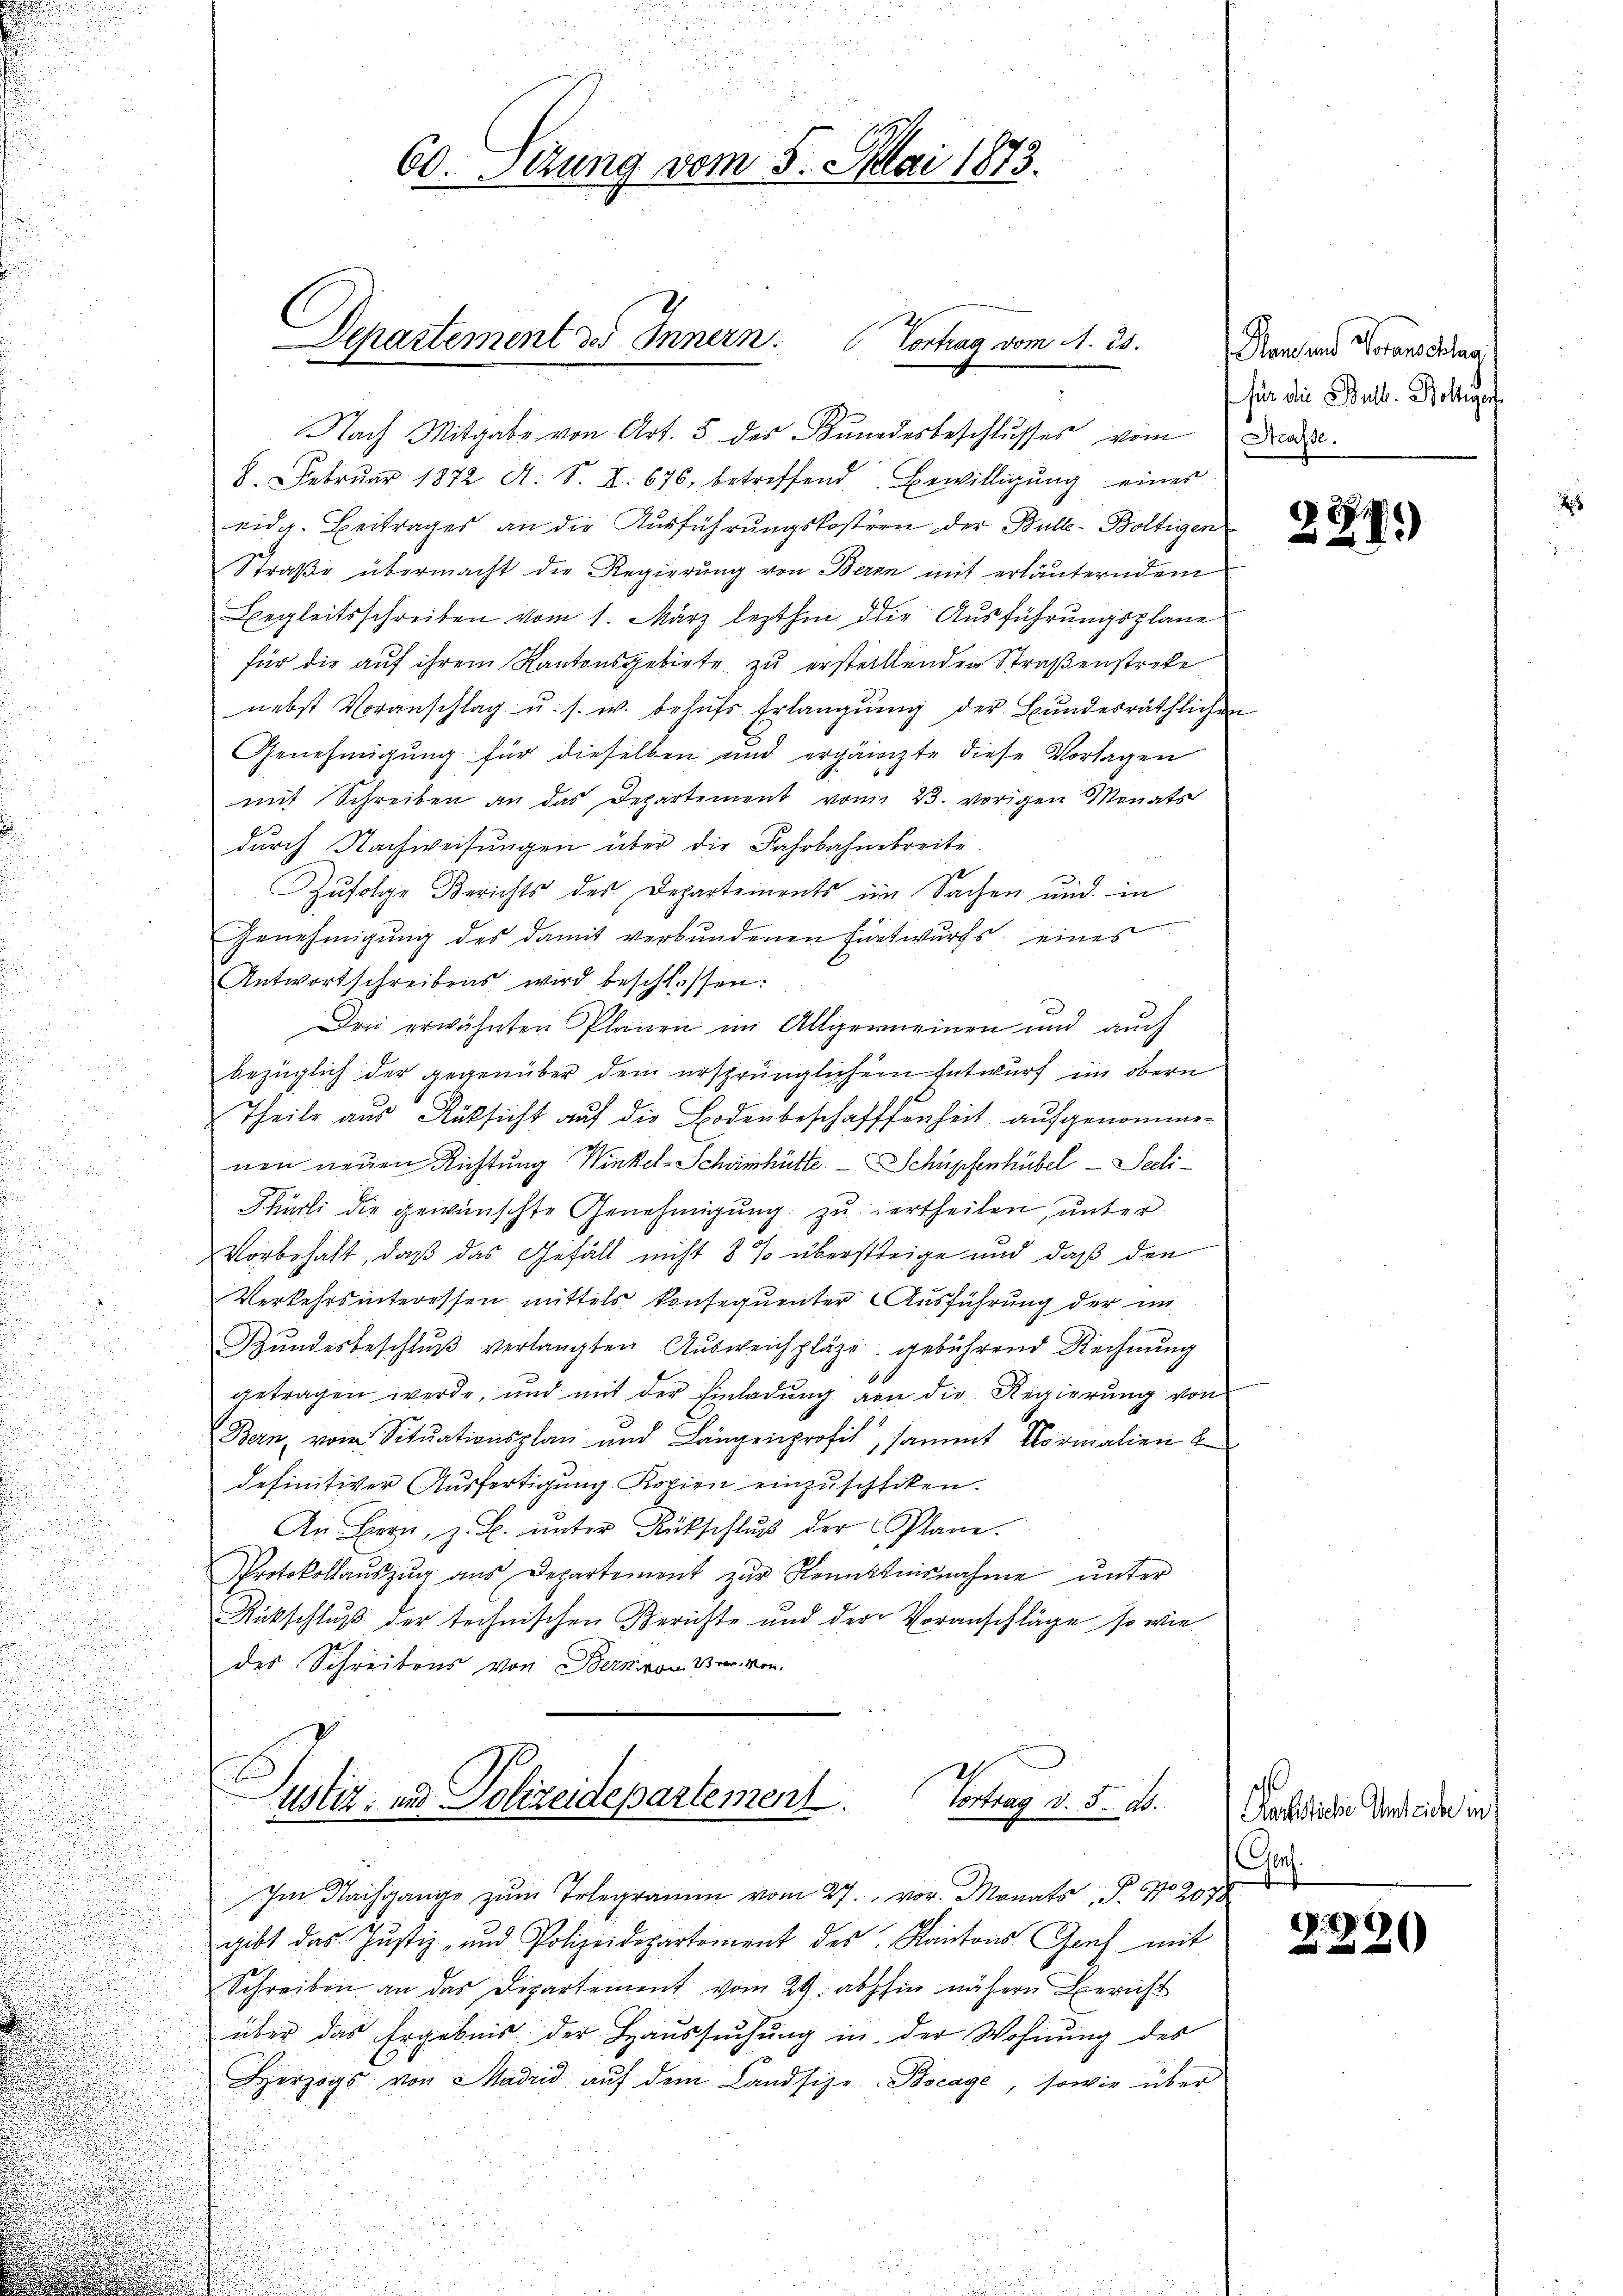
Nach Mitgabe von Art. 5 des Bundesbeschlusses vom Date
8. Februar 1872 A. S. I. 676, betreffend Bewilligŭng einer
eidg. Beitrages an die Aŭsführŭngskostern der Bulle-Boltigen
Straße übermacht die Regierung von Berin mit erläuterndem
Begleitsschreiben vom 1. März lezthin die Ausführungsplane
für die auf ihrem Kantonsgebiete zu erstelltenden Straßenstreke
nebst Voranschlag u. s. w. behŭfs Erlangung der Bundesräthlichen
Genehmigung für dieselben und ergänzte diese Vorlagen
mit Schreiben an das Departement vom 23. vorigen Monats
durch Nachweisungen über die Fahrbahnbreite.
Zufolge Berichts des Departements im Sachen und in
Genehmigung des damit verbundenen Funtwurfs eines
Antwortschreibens wird beschlossen:
Dei erwähnten Planen im Allgemeinen und auch
bezüglich der gegenüber dem ursprünglichem Entwurf im obern
Theile aus Rüksicht auf die Bodenbeschaffenheit aufgenomme-
nen neuen Richtung Winkel-Schönhütte Schüpfenhübel - Seeli¬
Phürli die gewünschte Genehmigung zu ertheilen, unter
Vorbehalt, daß das Gefäll nicht 8 % übersteige und daß den
Verkehrsinteressen mittels konsequenter Ausführung der im
Hŭndesbeschlŭβ verlangten Aŭsweichpläge gebührend Rechnŭng
getragen werde, und mit der Einladŭng von die Regierŭng von
Bern, vom Situationsplan und Längenprofit, sammt Vormalien 2
definitiver Ausfertigung Kopien einzuschiken.
s
An Bern, z. B. ŭnter Rückschlŭβ der Plane.
Protokollaŭszŭg aŭs Departement zŭr Kenntnisnahme unter
Rückschluß der technischen Berichte und der Voranschläge so wie
des Schreibens von Bern von Bern von

Departement des Innern. Vortrag vom A. 25.

60. Sizung vom 5. Mai 1873.

d
.
d
Im Nachgange zum Telegramm vom 27. vor. Monats, P. Nr. 2070
gibt das Justiz- und Polizeidepartement des Kantons Genf mit
Schreiben an das Departement vom 29. abhin nähern Bericht
über das Ergebnis der Haussuchung in der Wohnung des
Herzogs von Madrid auf dem Landsize-Bocage, sowie über
e

.
Justiz, und Polizeidepartement.
Vortrag v. 5. d.

Plan und Voranschlag
für die Bull. Boltiger

221)

Rachsiche Unteiche in
Go.
.

20